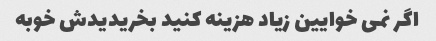
اگر نمی خوایین زیاد هزینه کنید بخریدیدش خوبه